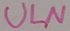
Text: ULN